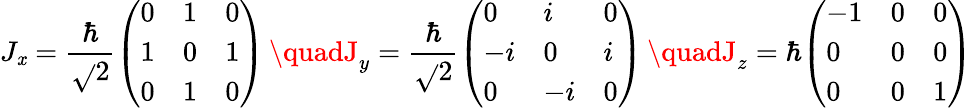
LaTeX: J_{\mathit{x}}={\frac{{\hbar}}{{\sqrt{}{{2}}}}}{\left(\begin{array}{lll}{0}&{1}&{0}\\ {1}&{0}&{1}\\ {0}&{1}&{0}\end{array}\right)}\, \quadJ_{y}={\frac{{\hbar}}{{\sqrt{}{{2}}}}}{\left(\begin{array}{lll}{0}&{i}&{0}\\ {-i}&{0}&{i}\\ {0}&{-i}&{0}\end{array}\right)}\, \quadJ_{z}=\hbar{\left(\begin{array}{lll}{-1}&{0}&{0}\\ {0}&{0}&{0}\\ {0}&{0}&{1}\end{array}\right)}